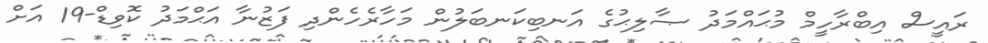
ރައީސް އިބްރާހީމް މުޙައްމަދު ޞާލިޙުގެ އަނބިކަނބަލުން މަހާރެހެންދި ފަޒުނާ އަޙްމަދު ކޮވިޑް-19 އަށް